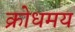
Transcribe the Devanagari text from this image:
क्रोधमय